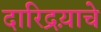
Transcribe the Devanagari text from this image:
दारिद्रय़ाचे